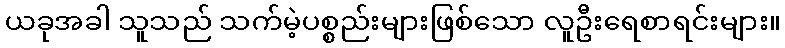
ယခုအခါ သူသည် သက်မဲ့ပစ္စည်းများဖြစ်သော လူဦးရေစာရင်းများ။